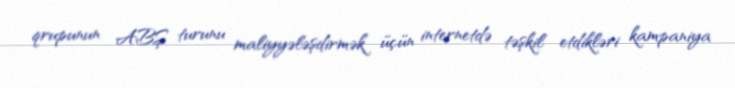
qrupunun ABŞ turunu maliyyələşdirmək üçün internetdə təşkil etdikləri kampaniya